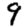
Digit: 9